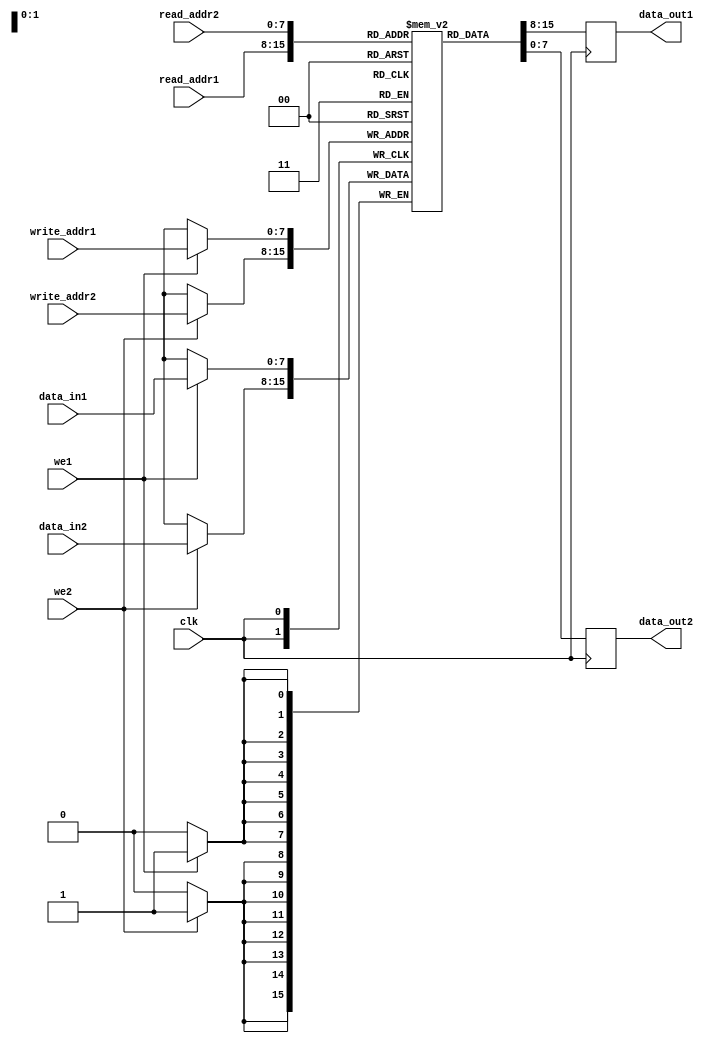
module dual_port_RAM (
    input wire clk,
    input wire [7:0] read_addr1,
    input wire [7:0] read_addr2,
    output reg [7:0] data_out1,
    output reg [7:0] data_out2,
    input wire [7:0] write_addr1,
    input wire [7:0] write_addr2,
    input wire [7:0] data_in1,
    input wire [7:0] data_in2,
    input wire we1,
    input wire we2
);

reg [7:0] memory [0:255];  // Predefined memory size of 256 bytes

always @(posedge clk) begin
    if (we1) begin
        memory[write_addr1] <= data_in1;
    end
    if (we2) begin
        memory[write_addr2] <= data_in2;
    end
    
    data_out1 <= memory[read_addr1];
    data_out2 <= memory[read_addr2];
end

endmodule